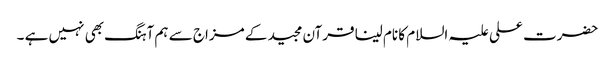
حضرت علی علیہ السلام کا نام لینا قرآن مجید کے مزاج سے ہم آہنگ بھی نہیں ہے ۔